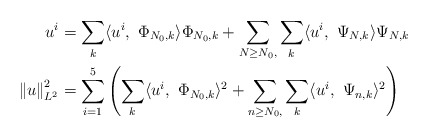
\begin{align*}u^{i} & =\sum_{k}\langle u^{i},\ \Phi_{N_{0},k}\rangle\Phi_{N_{0},k}+\sum_{N\geq N_{0},}\sum_{k}\langle u^{i},\ \Psi_{N,k}\rangle\Psi_{N,k}\\\left\Vert u\right\Vert _{L^{2}}^{2} & =\sum_{i=1}^{5}\left( \sum_{k}\langle u^{i},\ \Phi_{N_{0},k}\rangle^{2}+\sum_{n\geq N_{0},}\sum_{k}\langle u^{i},\ \Psi_{n,k}\rangle^{2}\right)\end{align*}